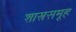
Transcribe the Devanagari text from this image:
शास्त्रसमूह